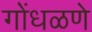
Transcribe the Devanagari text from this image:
गोंधळणे